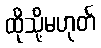
ထိုသို့မဟုတ်